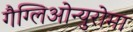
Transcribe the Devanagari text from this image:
गैग्लिओन्युरोमा